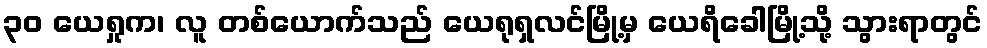
၃၀ ယေရှုက၊ လူ တစ်ယောက်သည် ယေရုရှလင်မြို့မှ ယေရိခေါမြို့သို့ သွားရာတွင်